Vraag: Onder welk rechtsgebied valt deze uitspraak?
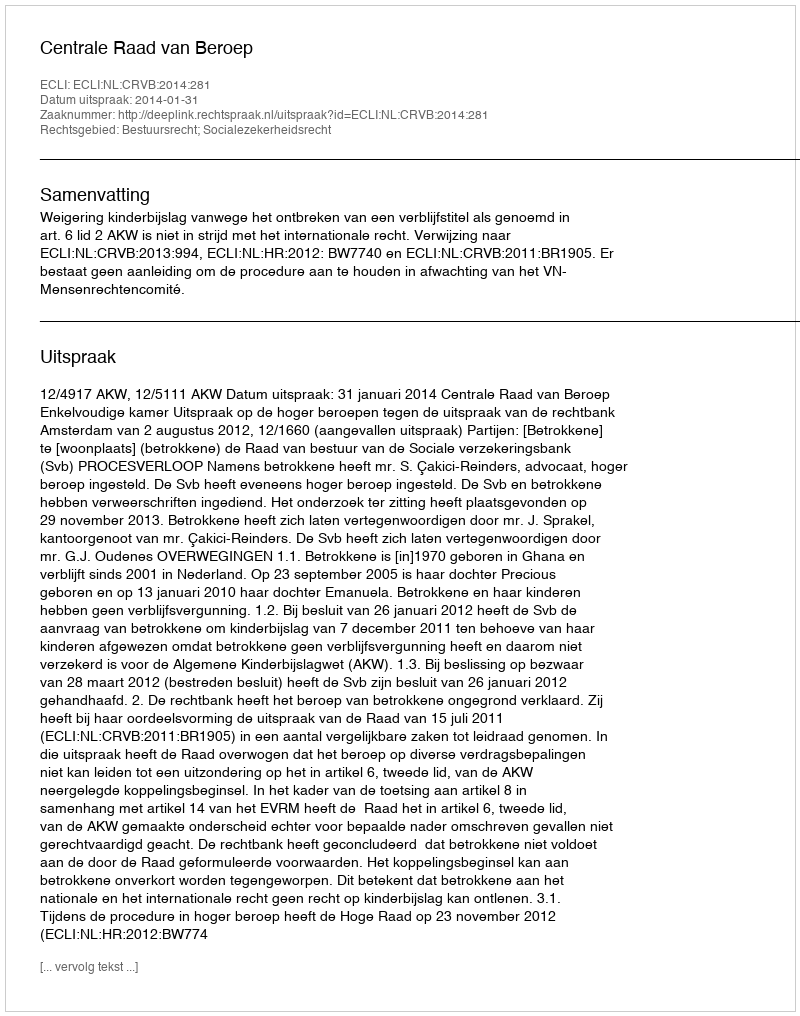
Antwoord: Bestuursrecht; Socialezekerheidsrecht